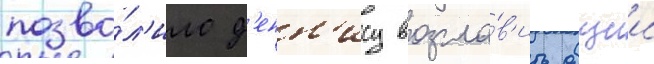
позво́л'ило д'енн'ису возгла́в'ить общии